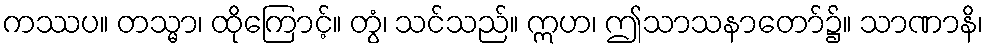
ကဿပ။ တသ္မာ၊ ထိုကြောင့်။ တွံ၊ သင်သည်။ ဣဟ၊ ဤသာသနာတော်၌။ သာဏာနိ၊